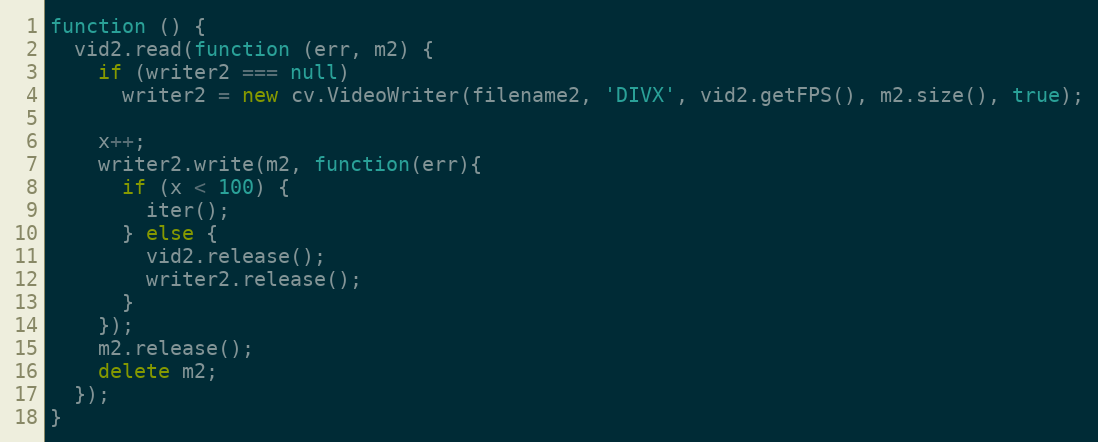
Language: JavaScript
function () {
  vid2.read(function (err, m2) {
	if (writer2 === null)
	  writer2 = new cv.VideoWriter(filename2, 'DIVX', vid2.getFPS(), m2.size(), true);

	x++;
	writer2.write(m2, function(err){
	  if (x < 100) {
		iter();
	  } else {
		vid2.release();
		writer2.release();
	  }
	});
	m2.release();
	delete m2;
  });
}